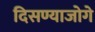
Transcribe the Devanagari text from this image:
दिसण्याजोगे